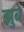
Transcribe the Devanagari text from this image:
झुबे